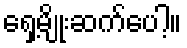
ရှေ့မျိုးဆက်ပေါ့။